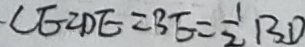
C E = D E = B E = \frac { 1 } { 2 } B D